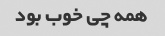
همه چی خوب بود